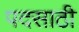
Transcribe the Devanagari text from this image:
पदसाठी